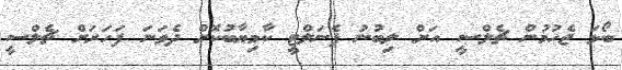
ބޯޅަ ޖެހުމުން ޗެލްސީ އަށް ލިބުނު ޕެނަލްޓީ ކާމިޔާބުކޮށް ދެވަަނަ ފަހަރަށް ޗެލްސީ